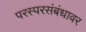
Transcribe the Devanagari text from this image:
परस्परसंबंधावर